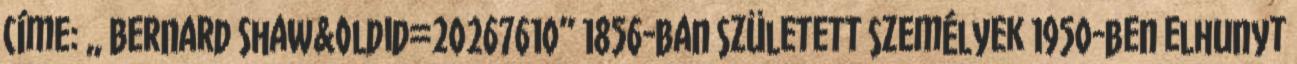
címe: „ Bernard Shaw&oldid=20267610” 1856-ban született személyek 1950-ben elhunyt